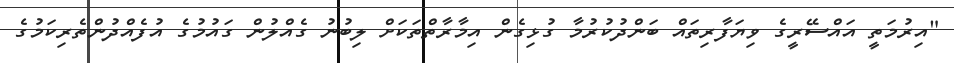
"އިރުމަތީ އައްސޭރީގެ ވިޔަފާރިތައް ބަންދުކުރުމާ ގުޅިގެން އިމާރާތްތަކަށް ލިބުނު ގެއްލުން ގައުމުގެ އުފެއްދުންތެރިކަމުގެ